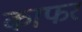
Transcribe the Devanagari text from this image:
काफर